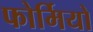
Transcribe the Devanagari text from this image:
फोर्मियो